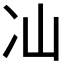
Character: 𭂈